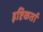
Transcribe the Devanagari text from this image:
इष्टिकर्ता